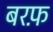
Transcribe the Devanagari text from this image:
बरफ़